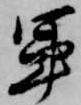
軍